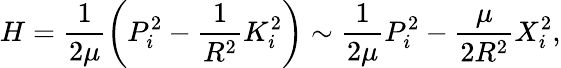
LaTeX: H=\frac{1}{2\mu}\left(P_{i}^{2}-\frac{1}{R^{2}}K_{i}^{2}\right)\sim\frac{1}{2\mu}P_{i}^{2}-\frac{\mu}{2R^{2}}X_{i}^{2},